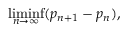
\operatorname* { l i m i n f } _ { n \to \infty } ( p _ { n + 1 } - p _ { n } ) ,